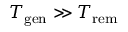
T _ { \mathrm { g e n } } \gg T _ { \mathrm { r e m } }